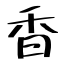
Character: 香